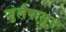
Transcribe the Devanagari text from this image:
जुलैपासून